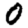
Digit: 0